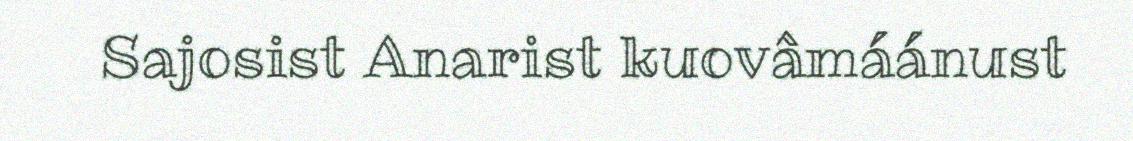
Sajosist Anarist kuovâmáánust